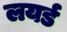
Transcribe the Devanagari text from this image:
लयर्ड